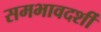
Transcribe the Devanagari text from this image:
समभावदर्शी